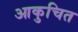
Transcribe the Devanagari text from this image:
आकुचित